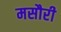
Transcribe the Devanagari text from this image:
मसौरी